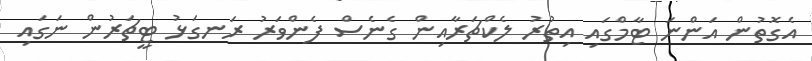
އެގޮތުން އަންނަ ޓާމްގައި އިތުރު ލެކްޗަރާއިން ގެނެސް ފެންވަރު ރަނގަޅު ޓީޗަރުން ނަގައި